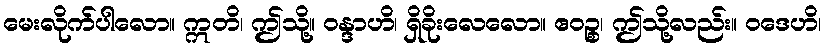
မေးလိုက်ပါလော။ ဣတိ၊ ဤသို့။ ဝန္ဒာဟိ၊ ရှိခိုးလေလော။ ဧဝဉ္စ၊ ဤသို့လည်း။ ဝဒေဟိ၊